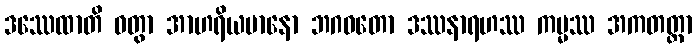
ဒဿေထာတိ ဝတွာ အာဟရိယမာနော ဘဂဝတော ဒဿနာရဟဿ ကမ္မဿ အကတတ္တာ